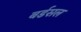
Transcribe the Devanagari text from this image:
बर्डसल